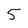
Character: 5